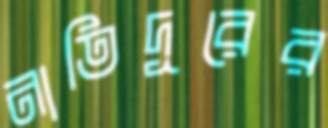
নাতিদূরের